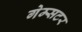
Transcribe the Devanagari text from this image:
गेम्सटर